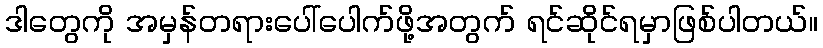
ဒါတွေကို အမှန်တရားပေါ်ပေါက်ဖို့အတွက် ရင်ဆိုင်ရမှာဖြစ်ပါတယ်။